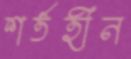
শর্তহীন